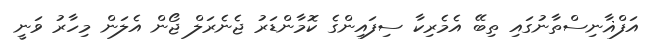
އަފްޣާނިސްތާނުގައި ތިބޭ އެމެރިކާ ސިފައިންގެ ކޮމާންޑަރު ޖެނެރަލް ޖޯން އެލަން މިހާރު ވަނީ